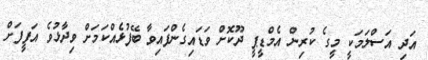
އަދި އަސްލަމަކީ މީގެ ކުރިން އެމްޑީޕީ ދޫކޮށް ވަޑައިގެންފައިވާ ބޭފުޅެއްކަމަށް ވިދާޅުވެ އަފީފަށް